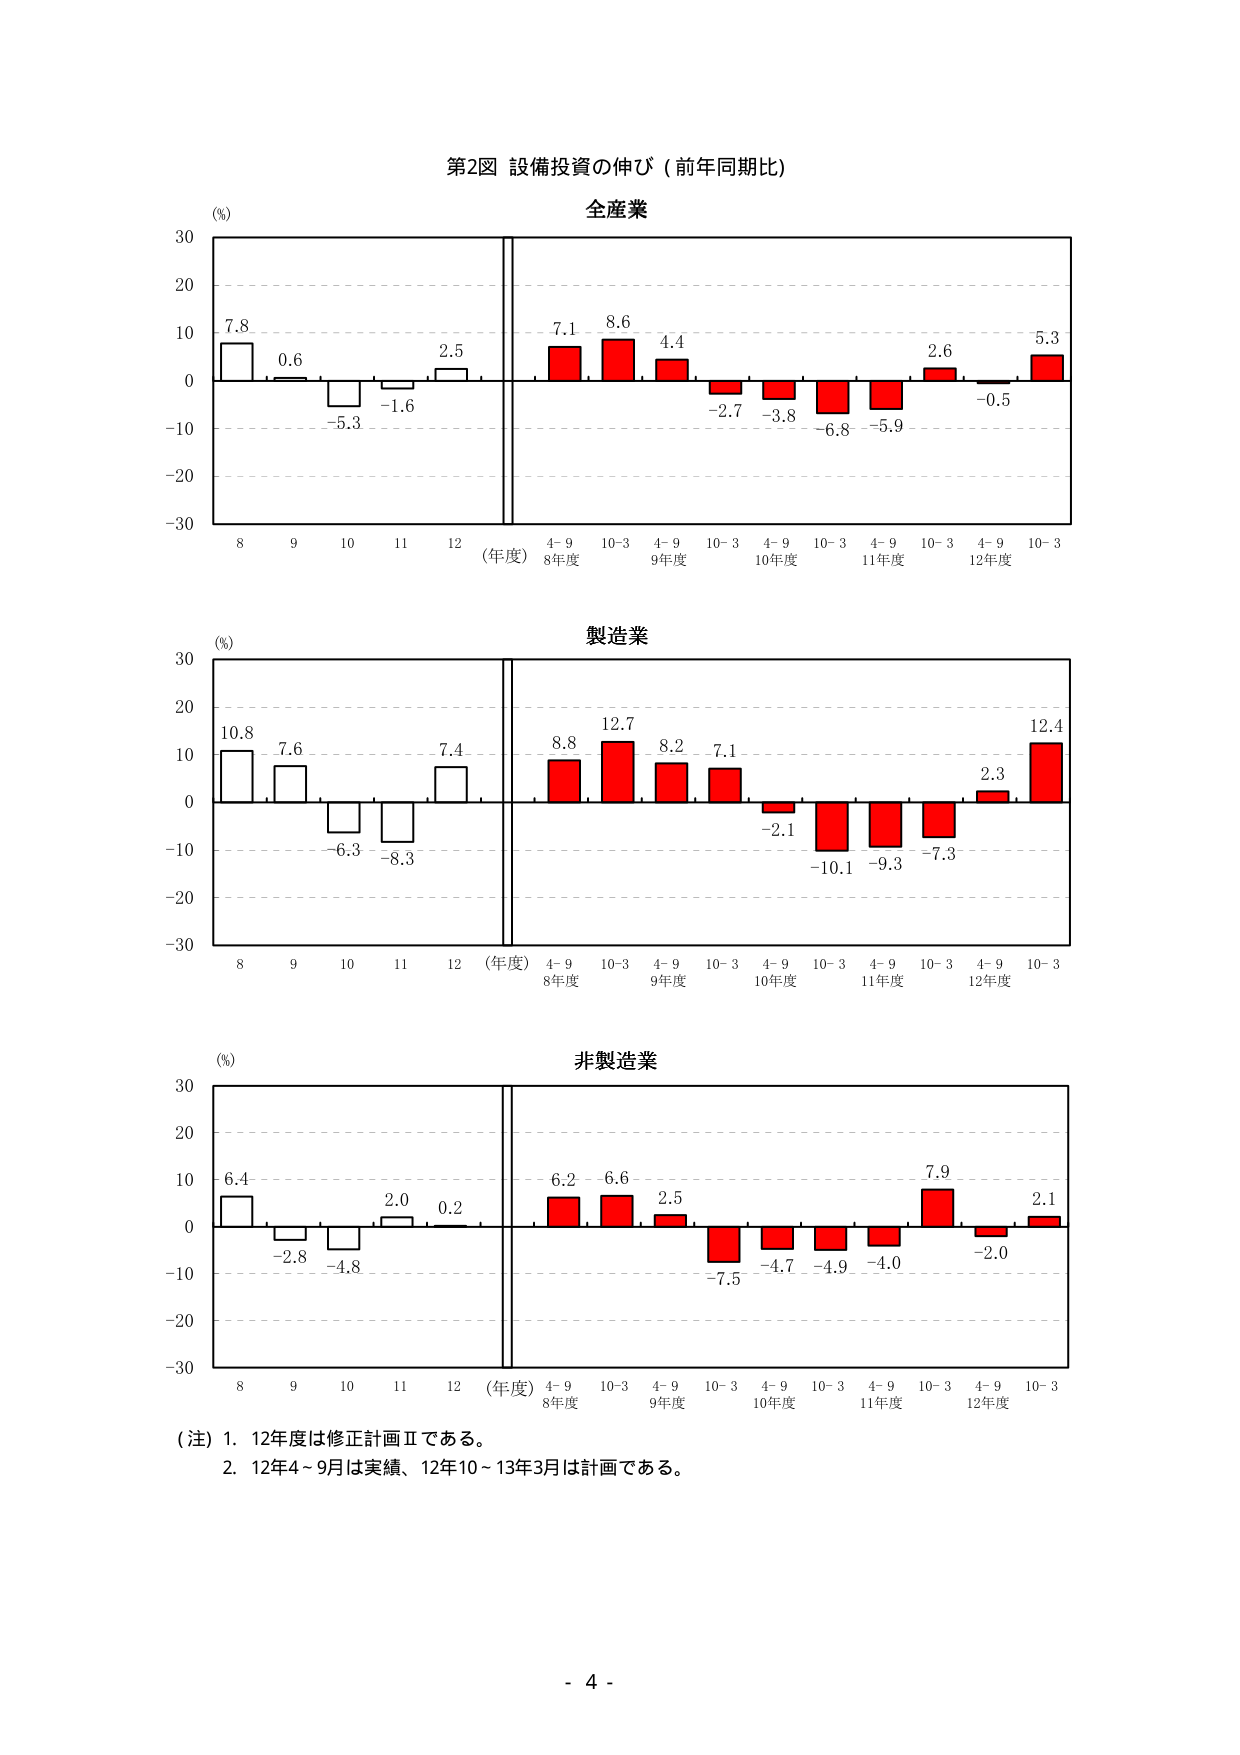
第2図 設備投資の伸び（前年同期比）

全産業
(%)
30
20
10
0
-10
-20
-30

7.8
0.6
-5.3
-1.6
2.5
7.1
8.6
4.4
-2.7
-3.8
-6.8
-5.9
2.6
-0.5
5.3

8 9 10 11 12 （年度）
4-9 10-3 4-9 10-3 4-9 10-3 4-9 10-3
8年度 9年度 10年度 11年度 12年度

製造業
(%)
30
20
10
0
-10
-20
-30

10.8
7.6
-6.3
-8.3
7.4
8.8
12.7
8.2
7.1
-2.1
-10.1
-9.3
-7.3
2.3
12.4

8 9 10 11 12 （年度）
4-9 10-3 4-9 10-3 4-9 10-3 4-9 10-3
8年度 9年度 10年度 11年度 12年度

非製造業
(%)
30
20
10
0
-10
-20
-30

6.4
-2.8
-4.8
2.0
0.2
6.2
6.6
2.5
-7.5
-4.7
-4.9
-4.0
7.9
-2.0
2.1

8 9 10 11 12 （年度）
4-9 10-3 4-9 10-3 4-9 10-3 4-9 10-3
8年度 9年度 10年度 11年度 12年度

（注）1. 12年度は修正計画Ⅱである。
2. 12年4～9月は実績、12年10～13年3月は計画である。

- 4 -